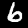
Label: 6